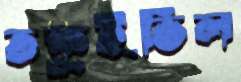
তকুইভিল